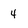
Character: 4